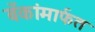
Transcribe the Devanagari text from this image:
बँकांमार्फत